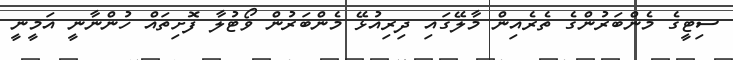
ސިޓީގެ މެންބަރުންގެ ތެރެއިން މާލޭގައި ދިރިއުޅޭ މެންބަރުން ވޯޓުލާ ފޮށިތައް ހުންނާނީ އަމީނީ